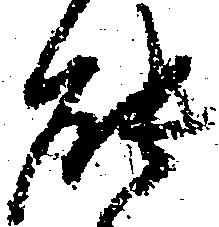
能